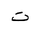
Letter: _ta